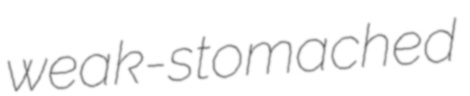
weak-stomached